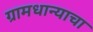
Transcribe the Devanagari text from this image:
ग्रामधान्याचा